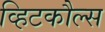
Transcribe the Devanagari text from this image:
व्हिटकौल्स